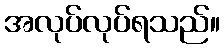
အလုပ်လုပ်ရသည်။